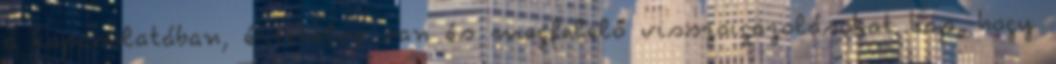
a kapcsolatában, értékelve van és megfelelő visszaigazolásokat kap, hogy